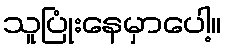
သူပြုံးနေမှာပေါ့။